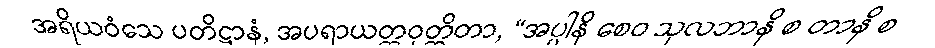
အရိယဝံသေ ပတိဋ္ဌာနံ, အပရာယတ္တဝုတ္တိတာ, “အပ္ပါနိ စေဝ သုလဘာနိ စ တာနိ စ